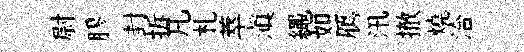
尉膠封拆凡札萃滇繩如鴈汛撤燒洽